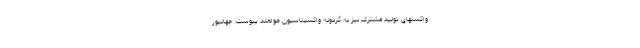
واکسنهای تولید مشترک نیز به گردونه واکسیناسیون خواهند پیوست. جهانپور